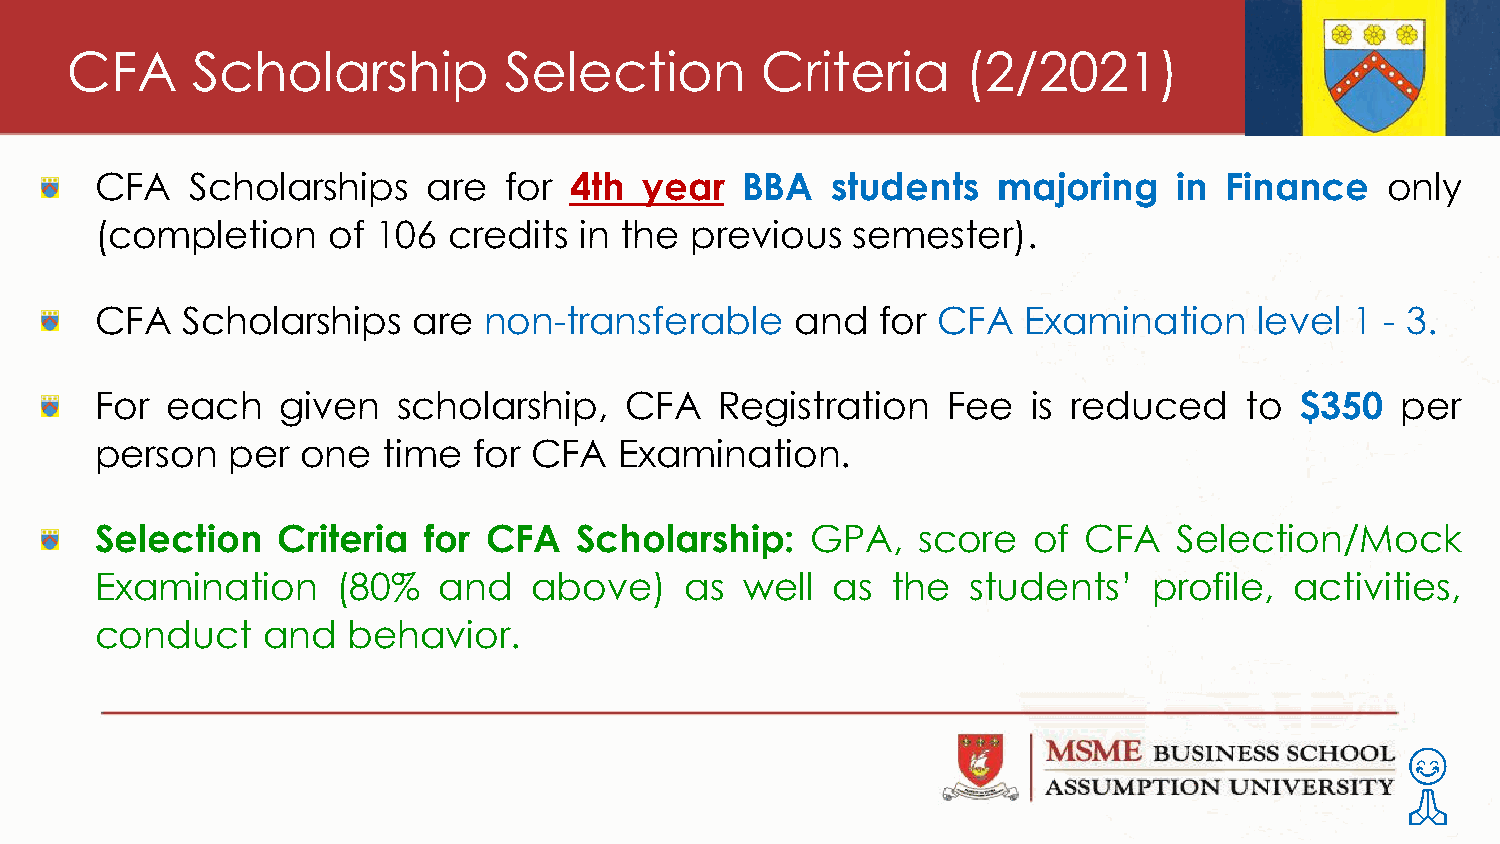
CFA      Scholarship         Selection        Criteria      (2/2021)
 CFA    Scholarships   are  for  4th year   BBA   students   majoring    in Finance    only
 (completion     of 106  credits in the  previous  semester).
 CFA   Scholarships   are  non-transferable     and  for CFA   Examination    level  1 - 3.
 For  each   given   scholarship,   CFA    Registration   Fee  is reduced    to  $350   per
 person   per  one  time  for CFA   Examination.
 Selection   Criteria  for CFA   Scholarship:    GPA,   score  of  CFA   Selection/Mock
 Examination     (80%   and   above)    as  well  as  the  students’   profile,  activities,
 conduct    and   behavior.
 😊
 🙏